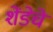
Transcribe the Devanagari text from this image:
शेंडेचे